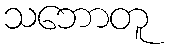
သဘောတူ